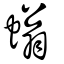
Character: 螉